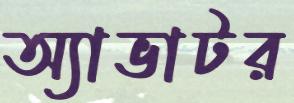
অ্যাভাটর